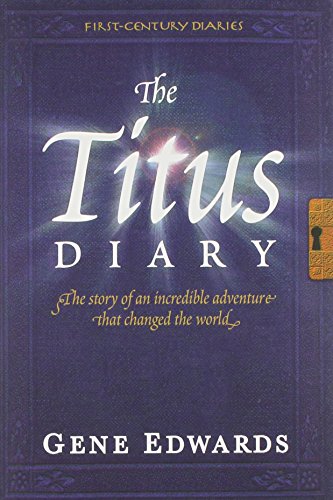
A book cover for The Titus Diary (First-Century Diaries (Seedsowers)); Gene Edwards; Christian Books & Bibles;